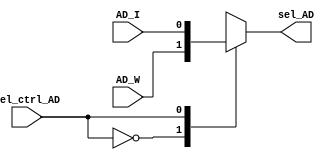
`timescale 1ns / 1ps
//////////////////////////////////////////////////////////////////////////////////
// Company: 
// Engineer: 
// 
// Design Name: 
// Module Name:    mux_ctrl_AD 
// Project Name: 
// Target Devices: 
// Tool versions: 
// Description: 
//
// Dependencies: 
//
// Revision: 
// Revision 0.01 - File Created
// Additional Comments: 
//
//////////////////////////////////////////////////////////////////////////////////
module mux_ctrl_AD(
   input wire AD_W, AD_I,
	input wire sel_ctrl_AD,
	output reg sel_AD
    );

always @*
	case (sel_ctrl_AD)
		1'b0: sel_AD = AD_W;
		1'b1: sel_AD = AD_I;
	endcase
	
endmodule